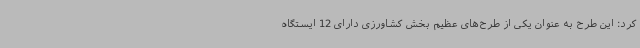
کرد: این طرح به عنوان یکی از طرح‌های عظیم بخش کشاورزی دارای 12 ایستگاه